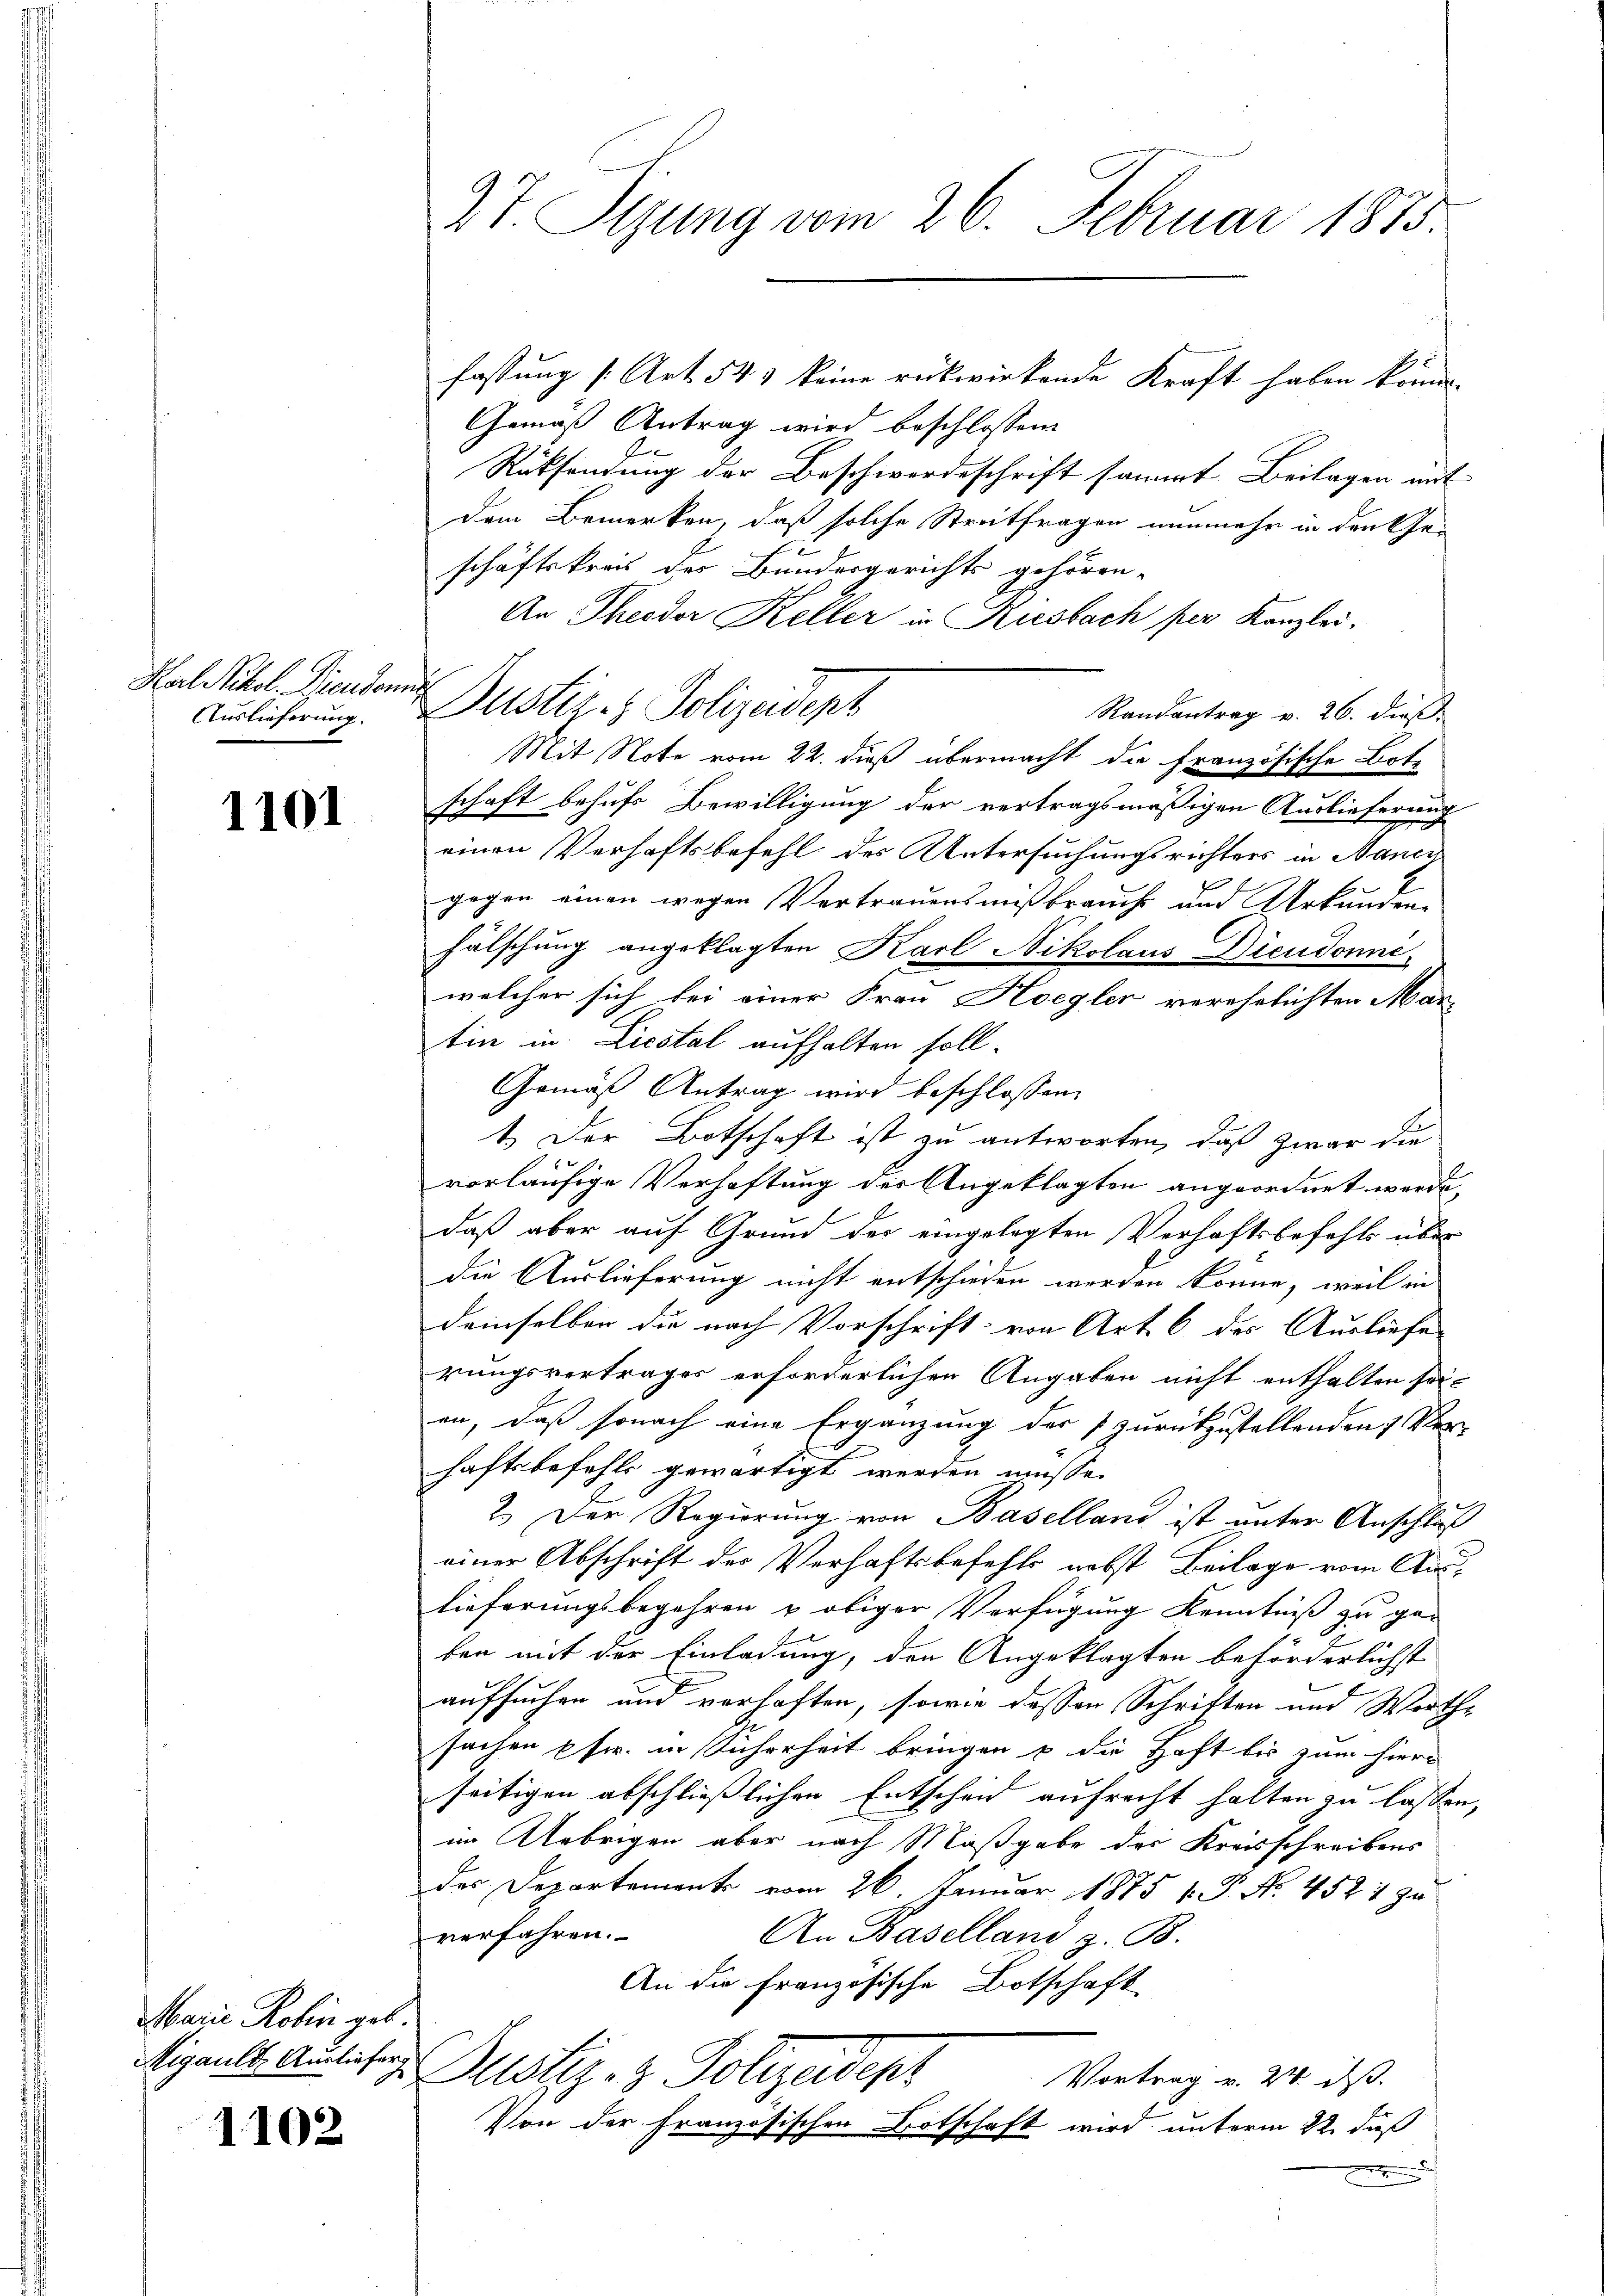
Karl Titel. Diendonn
Auslieferung.

1101

Marie Robin geb.
Aigault Ausliefer

1102

27. Sizung vom 26. Februar 1875

fassung (Art. 543 keine rückwirkende Kraft haben könne.
Gemäß Antrag wird beschlossene
Rüksendung der Beschwerdeschrift sammt Beilagen mit
Dem Bemerken, daß solche Streitfragen nunmehr in den Ge-
schäftskreis des Bundesgerichts gehören.
An Theodor Keller in Riesbach per Kanzlei.
Dustiz- & Polizeidept
Randantrag v. 26. dieß
Mit Note vom 22. dieß übermacht die französische Botz
schaft behufs Bewilligung der vertragsmäßigen Auslieferung
einen Verhaftsbefehl des Untersuchungsrichters in Nanci
gegen einen wegen Vertrauensmißbrauch und Urkunden
fälschung angeklagten Karl Nikolaus Dieudonné
welcher sich bei einer Frau Hoegler verehelichten Martin in Licital aufhalten soll.
Gemäß Antrag wird beschlossen:
1. Der Botschaft ist zu antworten, daß zwar die
7 f 0 x
vorläufige Verhaftung der Angeklagten angeordnet werde,
daß aber auf Grund der eingelegten Verhaftsbefehls über
die Auslieferung nicht entschieden werden könne, weil in
demselben die nach Vorschrift von Art. 6 des Ausliefe
rungsvertrages erforderlichen Angaben nicht enthalten seien, daß sonach eine Ergänzung der zurückzustellenden 17. Verhaftsbefehls gewärtigt werden müsse.
2.) Der Regierung von Baselland ist unter Anschluß
einer Abschrift der Verhaftsbefehls nebst Beilage vom Auslieferungsbegehren u obiger Verfügung Kenntniß zu ge-
ben mit der Einladung, den Angeklagten beförderlichst
aufsuchen und verhaften, sowie dessen Schriften und Werth-
sachen pfer. in Sicherheit bringen & die Haft bis zum hier
seitigen abschließlichen Entscheid aufrecht halten zu lassen,
im Uebrigen aber nach Maßgabe der Kreisschreibens
des Departement vom 26. Januar 1875 1. P. No. 452 1 zu
verfahren.
An Baselland z. B.
An die Französische Botschaft
Justiz- & Polizeidige
Vortrag v. 20. ds.
Von der Französischen Botschaft wird unterm 22. dieß